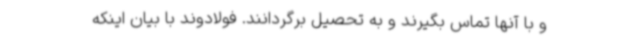
و با آنها تماس بگیرند و به تحصیل برگردانند. فولادوند با بیان اینکه